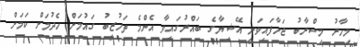
މިހާރު މިސްރާބު ޖަހާފައިވަނީ އޭޝިޔާގެ ބައްރުގައިވާ އެންމެ ތަހުޒީބު ގައުމަށް ހެދުމަށް ކަމަށް